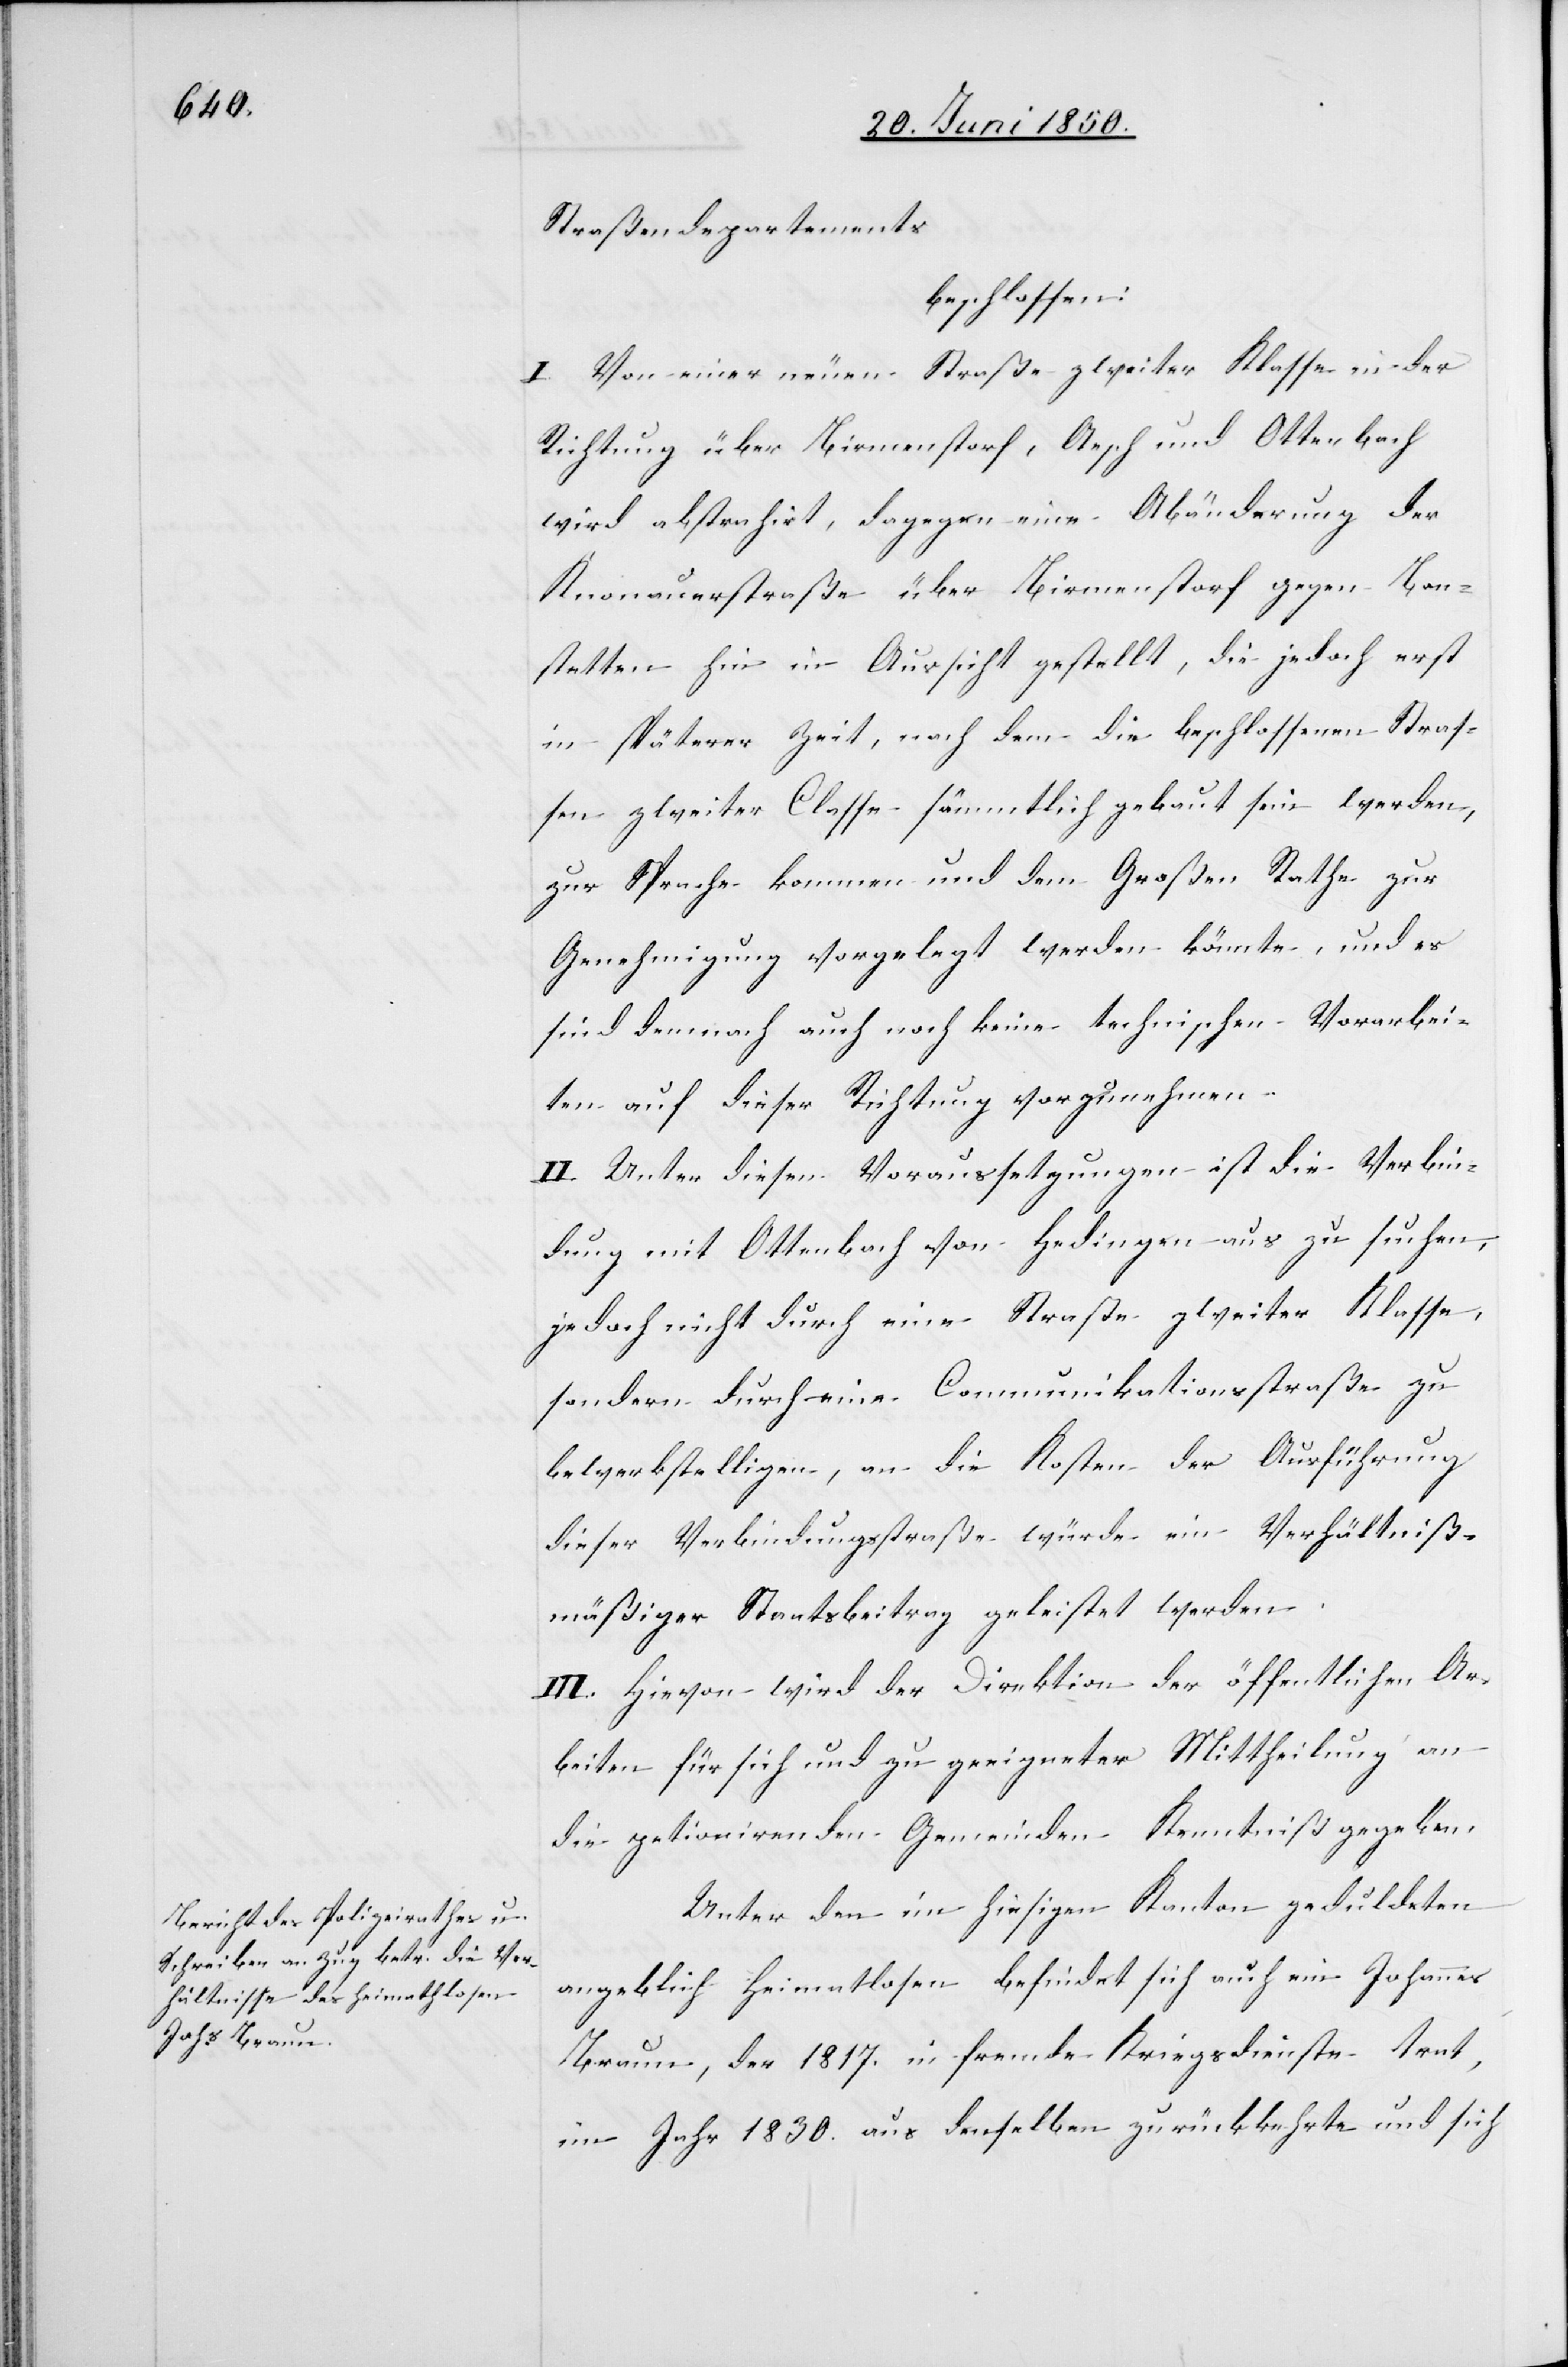
Straßendepartements
beschlossen:
I. Von einer neuen Straße zweiter Klasse in der
Richtung über Birmenstorf, Aesch und Ottenbach
wird abstrahirt, dagegen eine Abänderung der
Knonauerstraße über Birmenstorf gegen Bon¬
stetten hin in Aussicht gestellt, die jedoch erst
in späterer Zeit, nachdem die beschlossenen Straß¬
en zweiter Classe sämmtlich gebaut sein werden,
zur Sprache kommen und dem Großen Rathe zur
Genehmigung vorgelegt werden könnte, und es
sind demnach auch noch keine technischen Vorarbei¬
ten auf dieser Richtung vorzunehmen.
II. Unter diesen Voraussetzungen ist die Verbin¬
dung mit Ottenbach von Hedingen aus zu suchen,
jedoch nicht durch eine Straße zweiter Klasse,
sondern durch eine Communikationsstraße zu
bewerkstelligen, an die Kosten der Ausführung
dieser Verbindungsstraße würde ein Verhältniß¬
mäßiger Staatsbeitrag geleistet werden.
III. Hievon wird der Direktion der öffentlichen Ar¬
beiten für sich und zu geeigneter Mittheilung an
die petionirenden [sic!] Gemeinden Kenntniß gegeben.
Unter den im hiesigen Kanton geduldeten
angeblich Heimatlosen befindet sich auch ein Johannes
Braun, der 1817. in fremde Kriegsdienste trat,
im Jahr 1830. aus denselben zurückkehrte und sich